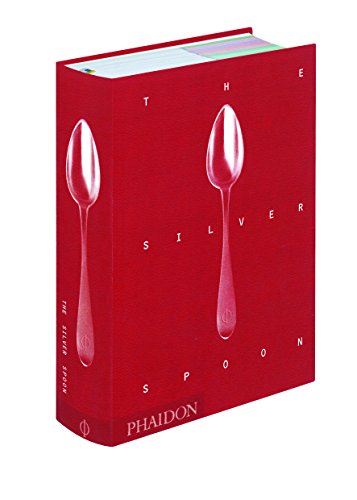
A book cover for The Silver Spoon New Edition; The Silver Spoon Kitchen; Cookbooks, Food & Wine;